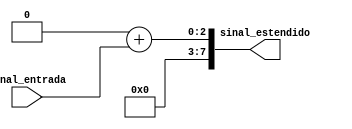
module ExtensorSinal2pra8(sinal_entrada, sinal_estendido);
    input [1:0] sinal_entrada;
    output [7:0] sinal_estendido;
    assign sinal_estendido = 6'b000000 + sinal_entrada;
endmodule

module ExtensorSinal1pra8(sinal_entrada, sinal_estendido);
    input sinal_entrada;
    output [7:0] sinal_estendido;
    assign sinal_estendido = 7'b0000000 + sinal_entrada;
endmodule